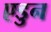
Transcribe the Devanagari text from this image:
एडुन